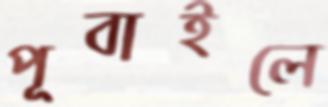
পূবাইলে